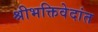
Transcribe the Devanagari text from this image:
श्रीभक्तिवेदांत